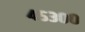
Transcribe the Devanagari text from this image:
४५३००